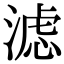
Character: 滤